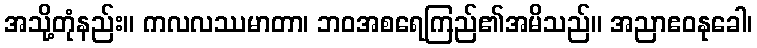
အသို့တုံနည်း။ ကလလဿမာတာ၊ ဘဝအစရေကြည်၏အမိသည်။ အညာဧဝနုခေါ၊